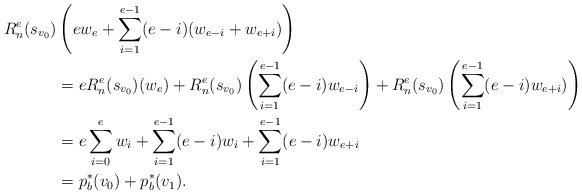
LaTeX: \begin{align*}R^e_n(s_{v_0})&\left(ew_e+\sum_{i=1}^{e-1} (e-i)(w_{e-i}+w_{e+i})\right)\\&=eR^e_n(s_{v_0})(w_e)+R^e_n(s_{v_0}) \left(\sum_{i=1}^{e-1} (e-i)w_{e-i}\right)+R^e_n(s_{v_0})\left(\sum_{i=1}^{e-1} (e-i)w_{e+i})\right)\\&= e\sum_{i=0}^ew_{i}+ \sum_{i=1}^{e-1}(e-i)w_{i}+\sum_{i=1}^{e-1} (e-i)w_{e+i}\\&= p_b^*(v_0)+ p_b^*(v_1).\end{align*}